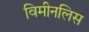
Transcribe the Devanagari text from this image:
विमीनलिस